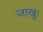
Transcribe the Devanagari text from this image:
जाखू।